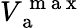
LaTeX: V_{\mathrm{~a~}}^{\mathrm{~m~a~x~}}